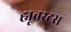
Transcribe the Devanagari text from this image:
ह्यूबरटस